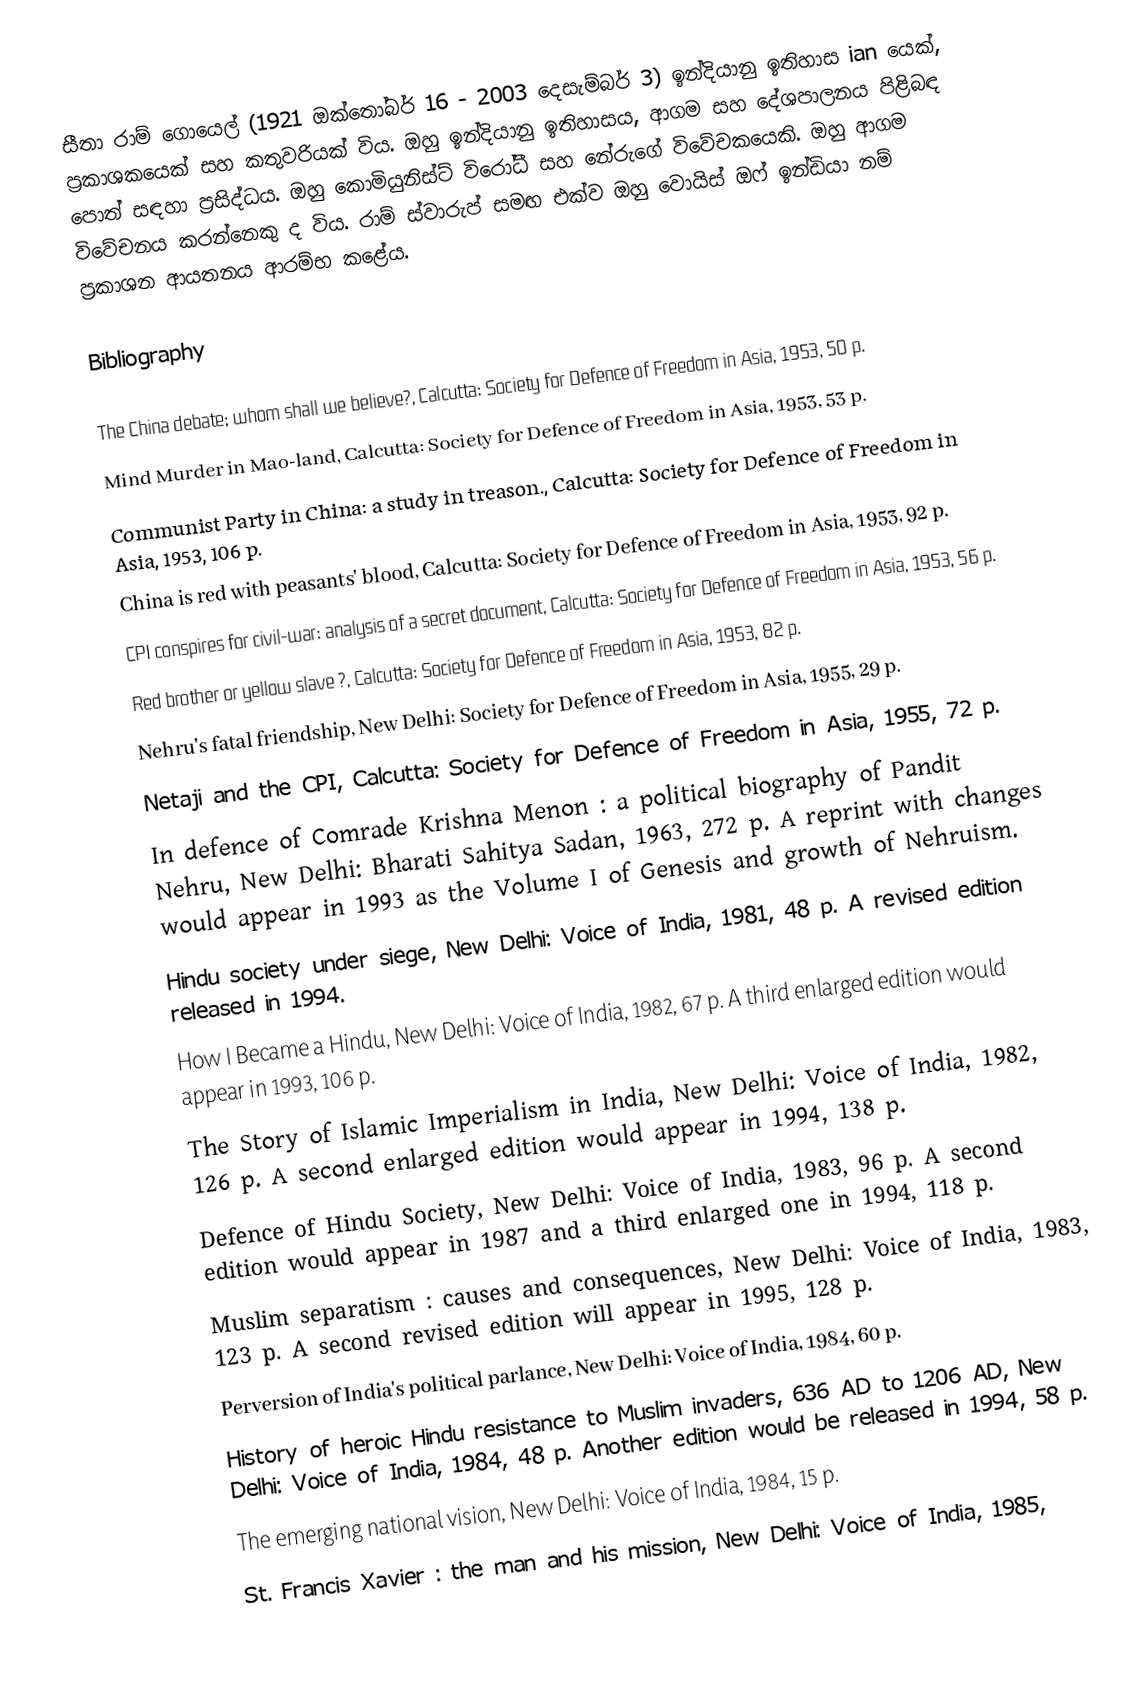
සීතා රාම් ගොයෙල් (1921 ඔක්තෝබර් 16 - 2003 දෙසැම්බර් 3) ඉන්දියානු ඉතිහාස ian යෙක්, ප්‍රකාශකයෙක් සහ කතුවරියක් විය. ඔහු ඉන්දියානු ඉතිහාසය, ආගම සහ දේශපාලනය පිළිබඳ පොත් සඳහා ප්‍රසිද්ධය. ඔහු කොමියුනිස්ට් විරෝධී සහ නේරුගේ විවේචකයෙකි. ඔහු ආගම විවේචනය කරන්නෙකු ද විය. රාම් ස්වාරුප් සමඟ එක්ව ඔහු වොයිස් ඔෆ් ඉන්ඩියා නම් ප්‍රකාශන ආයතනය ආරම්භ කළේය.

Bibliography

 The China debate; whom shall we believe?, Calcutta: Society for Defence of Freedom in Asia, 1953, 50 p.
 Mind Murder in Mao-land, Calcutta: Society for Defence of Freedom in Asia, 1953, 53 p.
 Communist Party in China: a study in treason., Calcutta: Society for Defence of Freedom in Asia, 1953, 106 p.
 China is red with peasants' blood, Calcutta: Society for Defence of Freedom in Asia, 1953, 92 p.
 CPI conspires for civil-war: analysis of a secret document, Calcutta: Society for Defence of Freedom in Asia, 1953, 56 p.
 Red brother or yellow slave ?, Calcutta: Society for Defence of Freedom in Asia, 1953, 82 p.
 Nehru's fatal friendship, New Delhi: Society for Defence of Freedom in Asia, 1955, 29 p.
 Netaji and the CPI, Calcutta: Society for Defence of Freedom in Asia, 1955, 72 p.
 In defence of Comrade Krishna Menon : a political biography of Pandit Nehru, New Delhi: Bharati Sahitya Sadan, 1963, 272 p. A reprint with changes would appear in 1993 as the Volume I of Genesis and growth of Nehruism.
 Hindu society under siege, New Delhi: Voice of India, 1981, 48 p. A revised edition released in 1994.
 How I Became a Hindu, New Delhi: Voice of India, 1982, 67 p. A third enlarged edition would appear in 1993, 106 p.
 The Story of Islamic Imperialism in India, New Delhi: Voice of India, 1982, 126 p. A second enlarged edition would appear in 1994, 138 p.
 Defence of Hindu Society, New Delhi: Voice of India, 1983, 96 p. A second edition would appear in 1987 and a third enlarged one in 1994, 118 p.
 Muslim separatism : causes and consequences, New Delhi: Voice of India, 1983, 123 p. A second revised edition will appear in 1995, 128 p.
 Perversion of India's political parlance, New Delhi: Voice of India, 1984, 60 p.
 History of heroic Hindu resistance to Muslim invaders, 636 AD to 1206 AD, New Delhi: Voice of India, 1984, 48 p. Another edition would be released in 1994, 58 p.
 The emerging national vision, New Delhi: Voice of India, 1984, 15 p.
 St. Francis Xavier : the man and his mission, New Delhi: Voice of India, 1985,